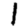
Digit: 1